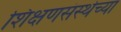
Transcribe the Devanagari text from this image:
शिक्षणसंस्थेच्या